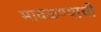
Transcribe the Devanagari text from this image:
मावळण्याची